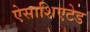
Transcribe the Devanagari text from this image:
ऐसाशिएटेड